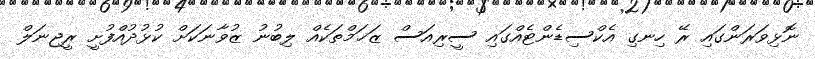
ނޮޅިވަރަންގައި ރޭ ހިނގި އެކްސިޑެންޓެއްގައި ސީރިއަސް ޒަޚަމްތަކެއް ލިބުނު ޒުވާނަކަށް ކުޅުދުއްފުށީ ރީޖިނަލް